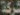
شركة